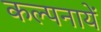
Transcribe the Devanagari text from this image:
कल्पनायें